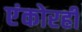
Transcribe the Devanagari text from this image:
एंकोरही